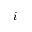
i